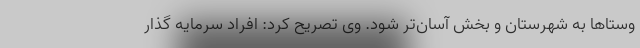
وستاها به شهرستان و بخش آسان‌تر شود. وی تصریح کرد: افراد سرمایه گذار